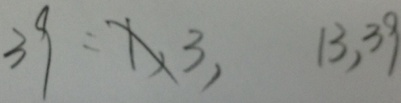
3 9 = 1 , 3 , 1 3 , 3 9